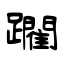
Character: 躙